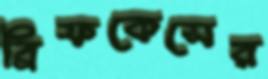
ব্রিফকেসের